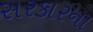
સરકારના